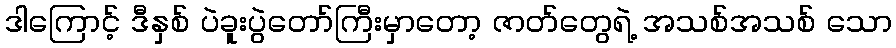
ဒါကြောင့် ဒီနှစ် ပဲခူးပွဲတော်ကြီးမှာတော့ ဇာတ်တွေရဲ့ အသစ်အသစ် သော